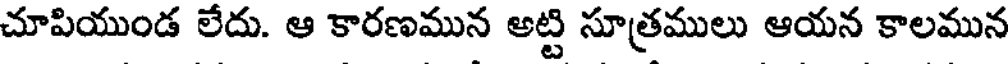
చూపియుండ లేదు. ఆ కారణమున అట్టి సూత్రములు ఆయన కాలమున